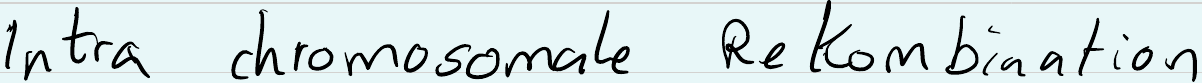
Intra chromosomale Rekombination